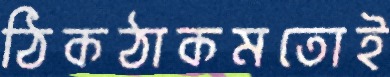
ঠিকঠাকমতোই